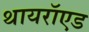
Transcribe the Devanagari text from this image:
थायरॉएड